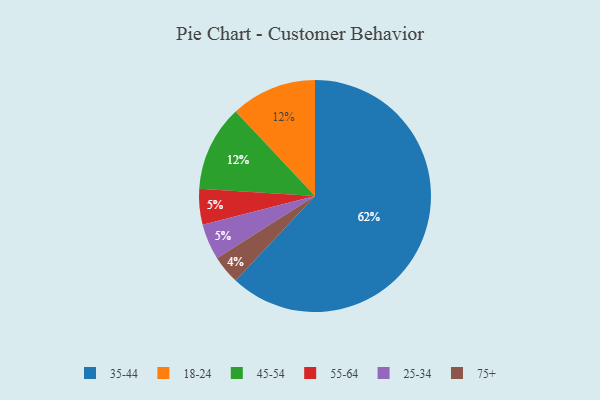
{"axis": {"x": "Category", "y": "Percentage"}, "legend": ["18-24", "25-34", "35-44", "45-54", "55-64", "75+"], "data": [{"x": "18-24", "y": 12, "type": "18-24"}, {"x": "55-64", "y": 5, "type": "55-64"}, {"x": "25-34", "y": 5, "type": "25-34"}, {"x": "75+", "y": 4, "type": "75+"}, {"x": "45-54", "y": 12, "type": "45-54"}, {"x": "35-44", "y": 62, "type": "35-44"}]}